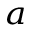
^ { a }